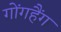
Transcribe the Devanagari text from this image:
गोंगहैंग